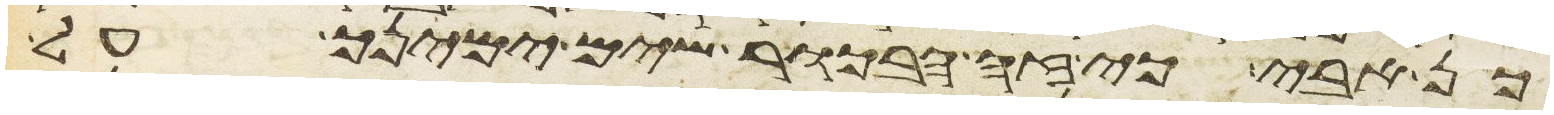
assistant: כן אבי כי זה הבכור שים ימינך על